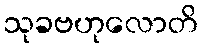
သုခဗဟုလောတိ